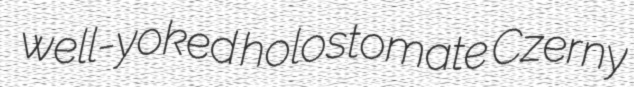
well-yoked holostomate Czerny